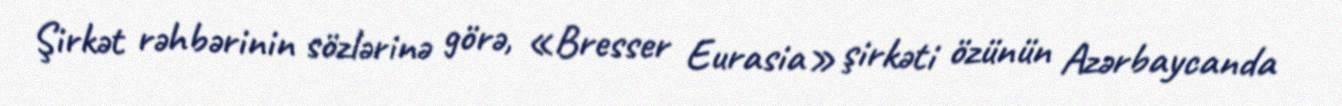
Şirkət rəhbərinin sözlərinə görə, «Bresser Eurasia» şirkəti özünün Azərbaycanda